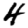
Digit: 4